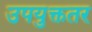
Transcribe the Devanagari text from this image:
उपयुक्ततर